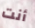
أنت